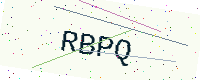
Text: RBPQ